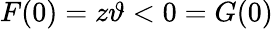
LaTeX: F(0)=z\vartheta<0=G(0)